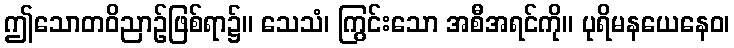
ဤသောတဝိညာဉ်ဖြစ်ရာ၌။ သေသံ၊ ကြွင်းသော အစီအရင်ကို။ ပုရိမနယေနေဝ၊